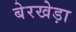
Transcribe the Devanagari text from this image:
बेरखेड़ा